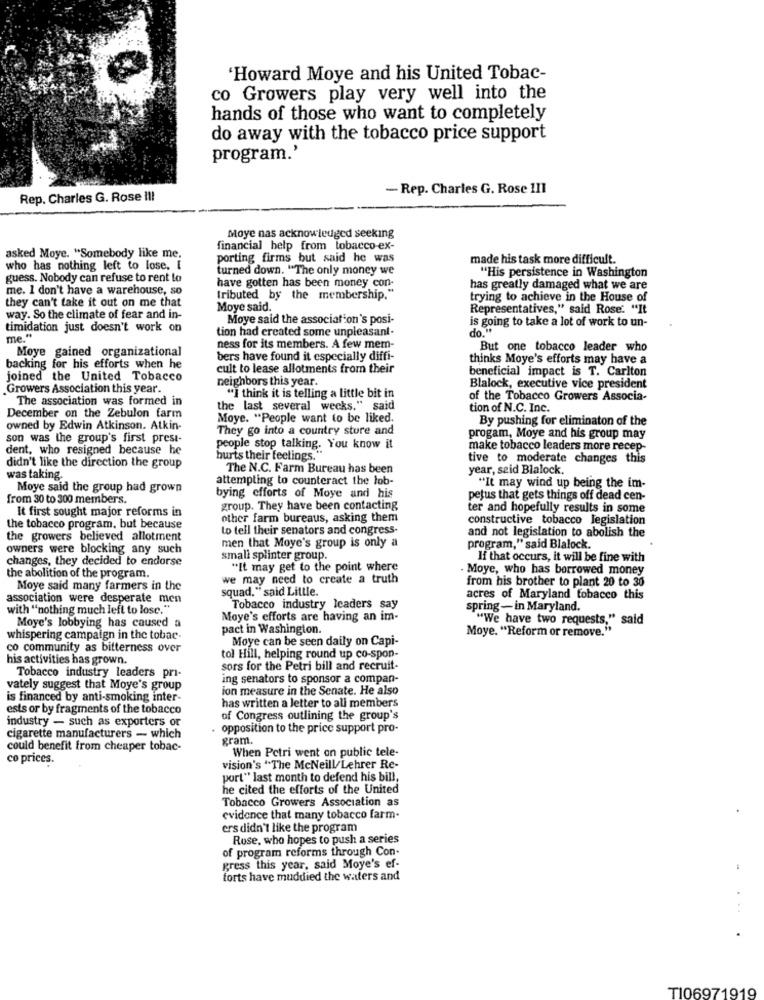
'Howard Moye and his United Tobac-
co Growers play very well into the
hands of those who want to completely
do away with the tobacco price support
program.'
- Rep. Charles G. Rose 111
Rep. Charles G. Rose !!!
Moye nas acknowledged seeking
financial help from tobacco-ex-
asked Moye. "Somebody like me.
porting firms but said he was
made his task more difficult.
who has nothing left to lose. [
turned down. "The only money we
guess. Nobody can refuse to rent to
have gotten has been money con-
"His persistence in Washington
me. I don't have a warehouse, so
has greatly damaged what we are
they can't take it out on me that
tributed by the membership."
trying to achieve in the House of
Moye said.
Representatives," said Rose. "It
way. So the climate of fear and in-
Moye said the association's posi-
is going to take a lot of work to un-
timidation just doesn't work on
tion had created some unpleasant.
do.
me."
Moye gained organizational
ness for its members. A few mem-
But one tobacco leader who
bers have found it especially diffi-
thinks Moye's efforts may have a
backing for his efforts when he
cult to lease allotments from their
beneficial impact is T. Carlton
joined the United Tobacco
neighbors this year.
Growers Association this year.
Blalock, executive vice president
The association was formed in
"I think it is telling a little bit in
of the Tobacco Growers Associa-
the last several weeks." said
tion of N.C. Inc.
December on the Zebulon farm
Moye. "People want to be liked.
By pushing for eliminaton of the
owned by Edwin Atkinson. Atkin-
They go into a country store and
son was the group's first prest-
progam, Moye and his group may
dent, who resigned because he
people stop talking. You know it
make tobacco leaders more recep-
hurts their feelings."
tive to moderate changes this
didn't like the direction the group
The N.C. Farm Bureau has been
year, said Blalock.
was taking.
attempting to counteract the lob-
Moye said the group had grown
"It may wind up being the im-
from 30 to 300 members.
bying efforts of Moye and his
petus that gets things off dead cen-
It first sought major reforms in
group. They have been contacting
ter and hopefully results in some
other farm bureaus, asking them
constructive tobacco legislation
the tobacco program, but because
to tell their senators and congress-
the growers believed allotment
and not legislation to abolish the
owners were blocking any such
men that Moye's group is only a
program," said Blalock.
changes, they decided to endorse
small splinter group.
If that occurs, it will be fine with
"It may get to the point where
Moye, who has borrowed money
the abolition of the program.
we may need to create a truth
from his brother to plant 20 to 30
Moye said many farmers in the
squad." said Little.
association were desperate men
acres of Maryland tobacco this
with "nothing much left to lose."
Tobacco industry leaders say
spring - in Maryland.
Moye's efforts are having an im-
"We have two requests," said
Moye's lobbying has caused a
pact in Washington.
Moye. "Reform or remove."
whispering campaign in the tobac.
Moye can be seen daily on Capi-
co community as bitterness over
his activities has grown.
tol Hill, helping round up co-spon-
Tobacco industry leaders pri-
sors for the Petri bill and recruit.
ing senators to sponsor a compan-
vately suggest that Moye's group
ion measure in the Senate. He also
is financed by anti-smoking inter-
ests or by fragments of the tobacco
has written a letter to all members
industry - such as exporters or
of Congress outlining the group's
. opposition to the price support pro-
cigarette manufacturers - which
gram.
could benefit from cheaper tobac-
When Petri went on public tele-
co prices.
vision's "The McNeill/Lehrer Re-
port" last month to defend his bill,
he cited the efforts of the United
Tobacco Growers Association as
evidence that many tobacco farm-
ers didn't like the program
Rose, who hopes to push a series
of program reforms through Con-
gress this year, said Moye's ef-
forts have muddied the waters and
TI06971919